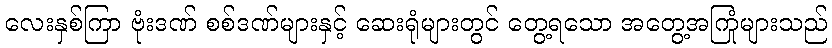
လေးနှစ်ကြာ ဗုံးဒဏ် စစ်ဒဏ်များနှင့် ဆေးရုံများတွင် တွေ့ရသော အတွေ့အကြုံများသည်